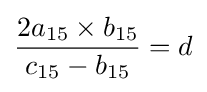
{2a_{15}\times b_{15} \over c_{15}-b_{15}}=d